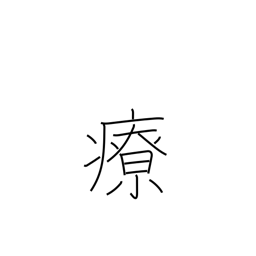
Meaning: heal